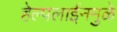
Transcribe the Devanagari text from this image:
हेल्पलाईनमुळे